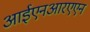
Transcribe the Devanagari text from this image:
आईएनआरएएन